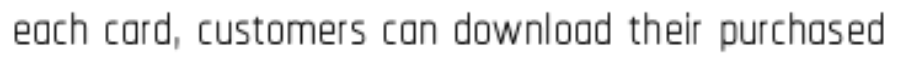
each card, customers can download their purchased